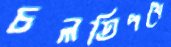
চলতিপথে